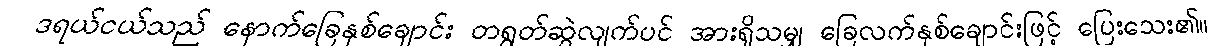
ဒရယ်ငယ်သည် နောက်ခြေနှစ်ချောင်း တရွတ်ဆွဲလျက်ပင် အားရှိသမျှ ခြေလက်နှစ်ချောင်းဖြင့် ပြေးသေး၏။